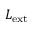
L _ { \mathrm { e x t } }